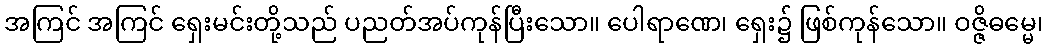
အကြင် အကြင် ရှေးမင်းတို့သည် ပညတ်အပ်ကုန်ပြီးသော။ ပေါရာဏေ၊ ရှေး၌ ဖြစ်ကုန်သော။ ဝဇ္ဇိဓမ္မေ၊